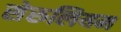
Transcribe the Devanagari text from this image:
सेरुलियम